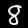
Digit: 8